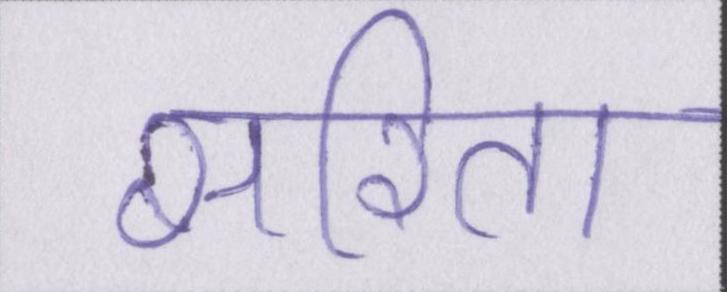
सरिता